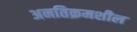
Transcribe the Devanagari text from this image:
अनतिक्रमशील